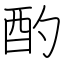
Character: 酌